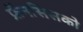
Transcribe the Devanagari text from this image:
फ्रॅनसिसको